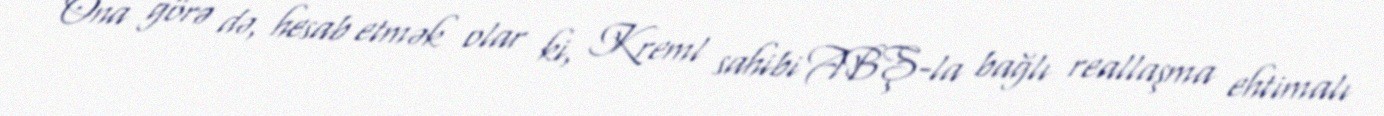
Ona görə də, hesab etmək olar ki, Kreml sahibi ABŞ-la bağlı reallaşma ehtimalı